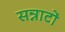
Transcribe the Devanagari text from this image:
सन्नाटों